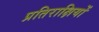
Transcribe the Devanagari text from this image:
प्रतिराक्षियों